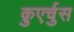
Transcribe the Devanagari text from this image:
क़ुएर्चुस